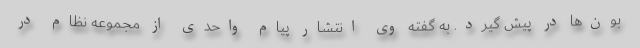
بون‌ها در پیش گیرد. به گفته وی انتشار پیام واحدی از مجموعه نظام در